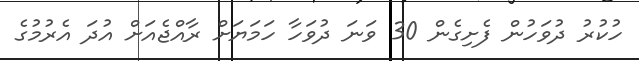
ހުކުރު ދުވަހުން ފެށިގެން 30 ވަނަ ދުވަހާ ހަމަޔަށް ރާއްޖެއަށް އުދަ އެރުމުގެ